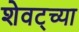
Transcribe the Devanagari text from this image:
शेवट्च्या